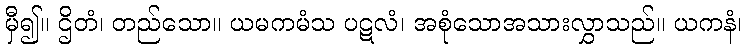
မှီ၍။ ဌိတံ၊ တည်သော။ ယမကမံသ ပဋလံ၊ အစုံသောအသားလွှာသည်။ ယကနံ၊